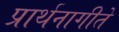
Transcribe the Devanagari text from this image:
प्रार्थनागीते